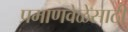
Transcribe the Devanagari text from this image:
प्रमाणवेळेसाठी